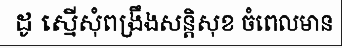
ដូ ស្នើសុំពង្រឹងសន្តិសុខ ចំពេលមាន